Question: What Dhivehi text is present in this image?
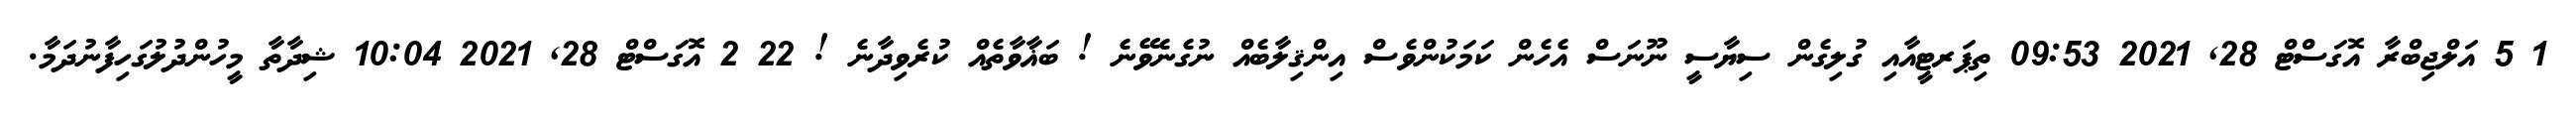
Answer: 1 5 އަލްޖިބްރާ އޮގަސްޓް 28, 2021 09:53 ތިޕަރޓީއާއި ގުލިގެން ސިޔާސީ ނޫނަސް އެހެން ކަމަކުންވެސް އިންޤިލާބެއް ނުގެނެވޭނެ ! ބަޣާވާތެއް ކުރެވިދާނެ ! 22 2 އޮގަސްޓް 28, 2021 10:04 ޝިދާތާ މީހުންދުލުގަހިފާނުދަމާ.